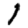
Digit: 1